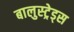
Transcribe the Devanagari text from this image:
बालुस्‍ट्रेड्स